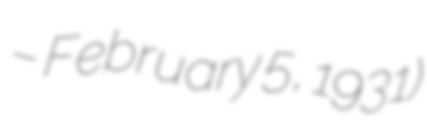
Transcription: – February 5, 1931)